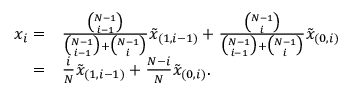
\begin{array} { r l } { x _ { i } = } & { { } \frac { \binom { N - 1 } { i - 1 } } { \binom { N - 1 } { i - 1 } + \binom { N - 1 } { i } } \tilde { x } _ { ( 1 , i - 1 ) } + \frac { \binom { N - 1 } { i } } { \binom { N - 1 } { i - 1 } + \binom { N - 1 } { i } } \tilde { x } _ { ( 0 , i ) } } \\ { = } & { { } \frac { i } { N } \tilde { x } _ { ( 1 , i - 1 ) } + \frac { N - i } { N } \tilde { x } _ { ( 0 , i ) } . } \end{array}